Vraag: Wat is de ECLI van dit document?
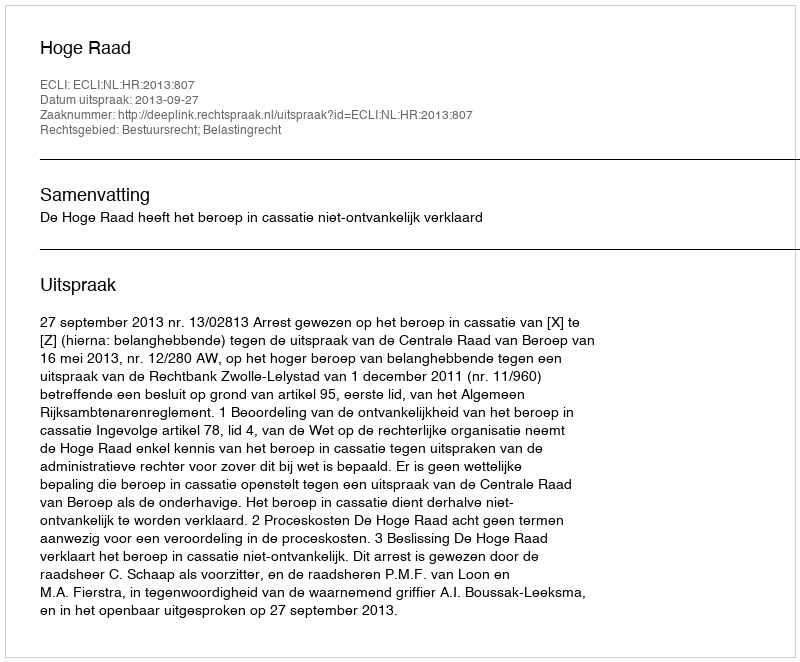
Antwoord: ECLI:NL:HR:2013:807